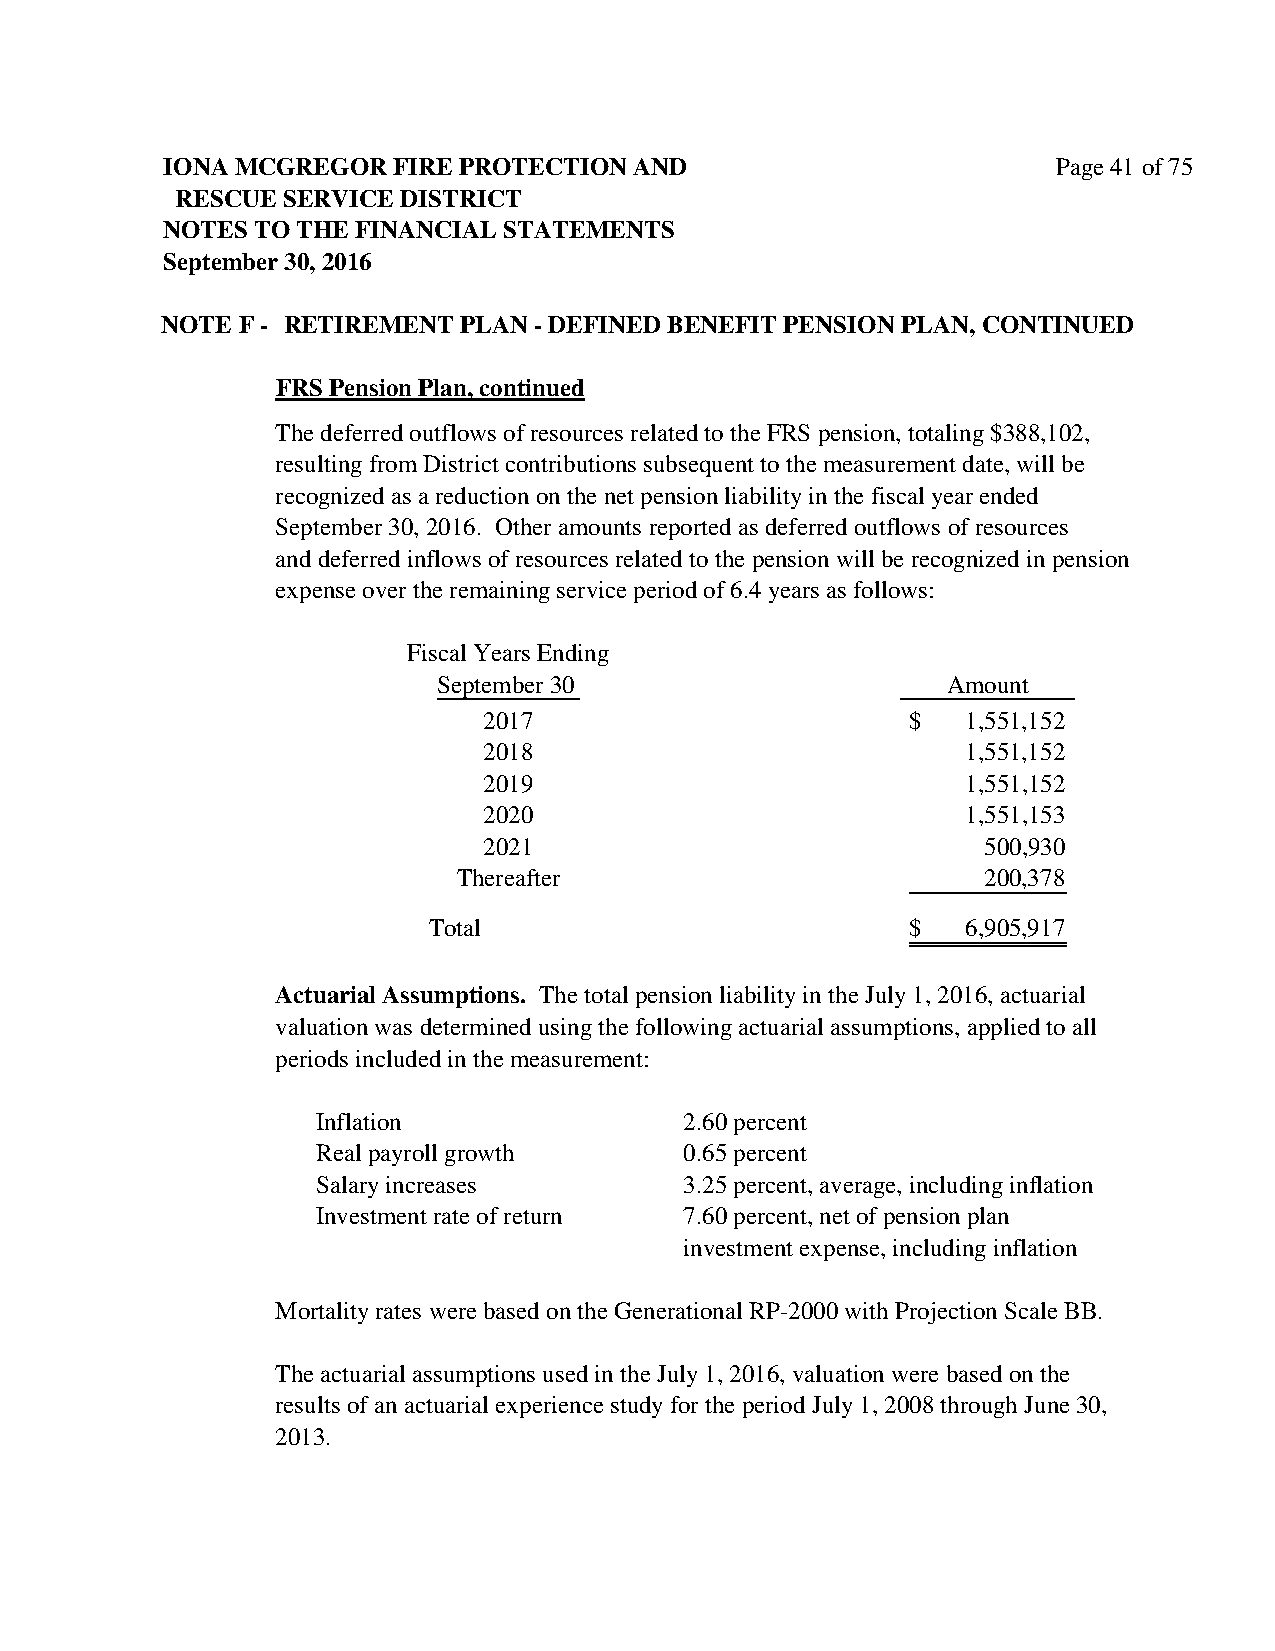
IONA MCGREGOR  FIRE PROTECTION AND                         Page 41 of 75
 RESCUE SERVICE DISTRICT
 NOTES TO THE FINANCIAL STATEMENTS
 September 30, 2016
 NOTE F - RETIREMENT PLAN - DEFINED BENEFIT PENSION PLAN, CONTINUED
 FRS Pension Plan, continued
 The deferred outflows of resources related to the FRS pension, totaling $388,102,
 resulting from District contributions subsequent to the measurement date, will be
 recognized as a reduction on the net pension liability in the fiscal year ended
 September 30, 2016. Other amounts reported as deferred outflows of resources
 and deferred inflows of resources related to the pension will be recognized in pension
 expense over the remaining service period of 6.4 years as follows:
 Fiscal Years Ending
 September 30                      Amount
 2017                        $   1 ,551,152
 2018                            1 ,551,152
 2019                            1 ,551,152
 2020                            1 ,551,153
 2021                             5 00,930
 Thereafter                         200,378
 Total                           $   6,905,917
 Actuarial Assumptions. The total pension liability in the July 1, 2016, actuarial
 valuation was determined using the following actuarial assumptions, applied to all
 periods included in the measurement:
 Inflation               2.60 percent
 Real payroll growth     0.65 percent
 Salary increases        3.25 percent, average, including inflation
 Investment rate of return 7.60 percent, net of pension plan
 investment expense, including inflation
 Mortality rates were based on the Generational RP-2000 with Projection Scale BB.
 The actuarial assumptions used in the July 1, 2016, valuation were based on the
 results of an actuarial experience study for the period July 1, 2008 through June 30,
 2013.